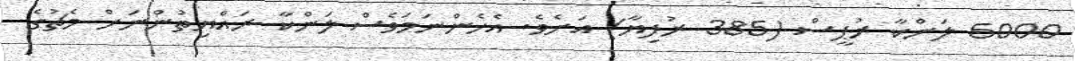
5000 ލަންކާ ރުޕީސް (385 ރުފިޔާ) އަށެވެ. އެހެންނަމަވެސް ލަންކާ ރައްޔިތުންނަށް މެޗުގެ